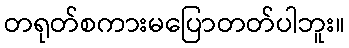
တရုတ်စကားမပြောတတ်ပါဘူး။